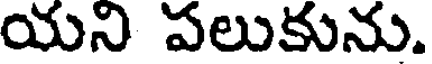
యని పలుకును.